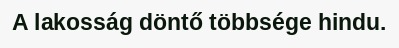
A lakosság döntő többsége hindu.